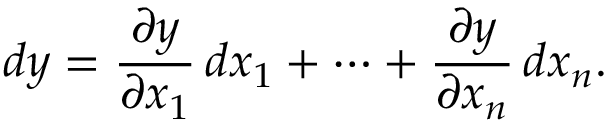
d y = { \frac { \partial y } { \partial x _ { 1 } } } \, d x _ { 1 } + \cdots + { \frac { \partial y } { \partial x _ { n } } } \, d x _ { n } .